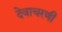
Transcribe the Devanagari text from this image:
देवाचरणी